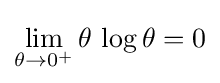
\lim _{\theta \to 0^{+}}\theta \,\log \theta =0